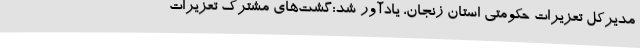
مدیرکل تعزیرات حکومتی استان زنجان، یادآور شد:گشت‌های مشترک تعزیرات